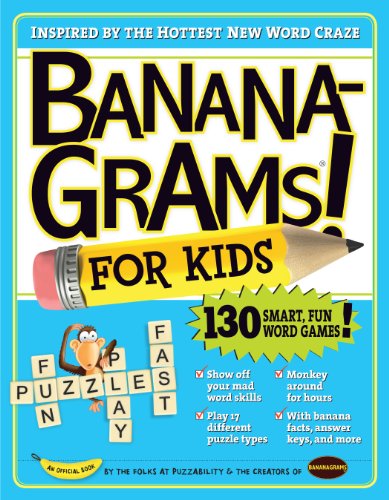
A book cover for Bananagrams for Kids; Puzzability; Humor & Entertainment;